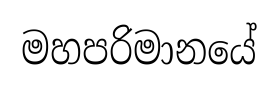
මහපරිමානයේ